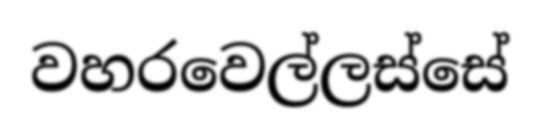
වහරවෙල්ලස්සේ